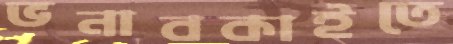
ভনাবকাইতে